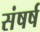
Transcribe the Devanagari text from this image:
संषर्ष